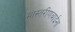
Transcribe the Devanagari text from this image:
मास्तरीणबाईंना